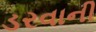
ડરવાની